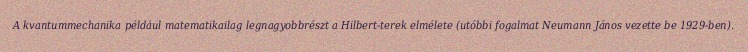
A kvantummechanika például matematikailag legnagyobbrészt a Hilbert-terek elmélete (utóbbi fogalmat Neumann János vezette be 1929-ben).